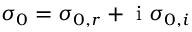
\sigma _ { 0 } = \sigma _ { 0 , r } + \mathrm { ~ i ~ } \sigma _ { 0 , i }